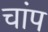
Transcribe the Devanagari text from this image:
चांप